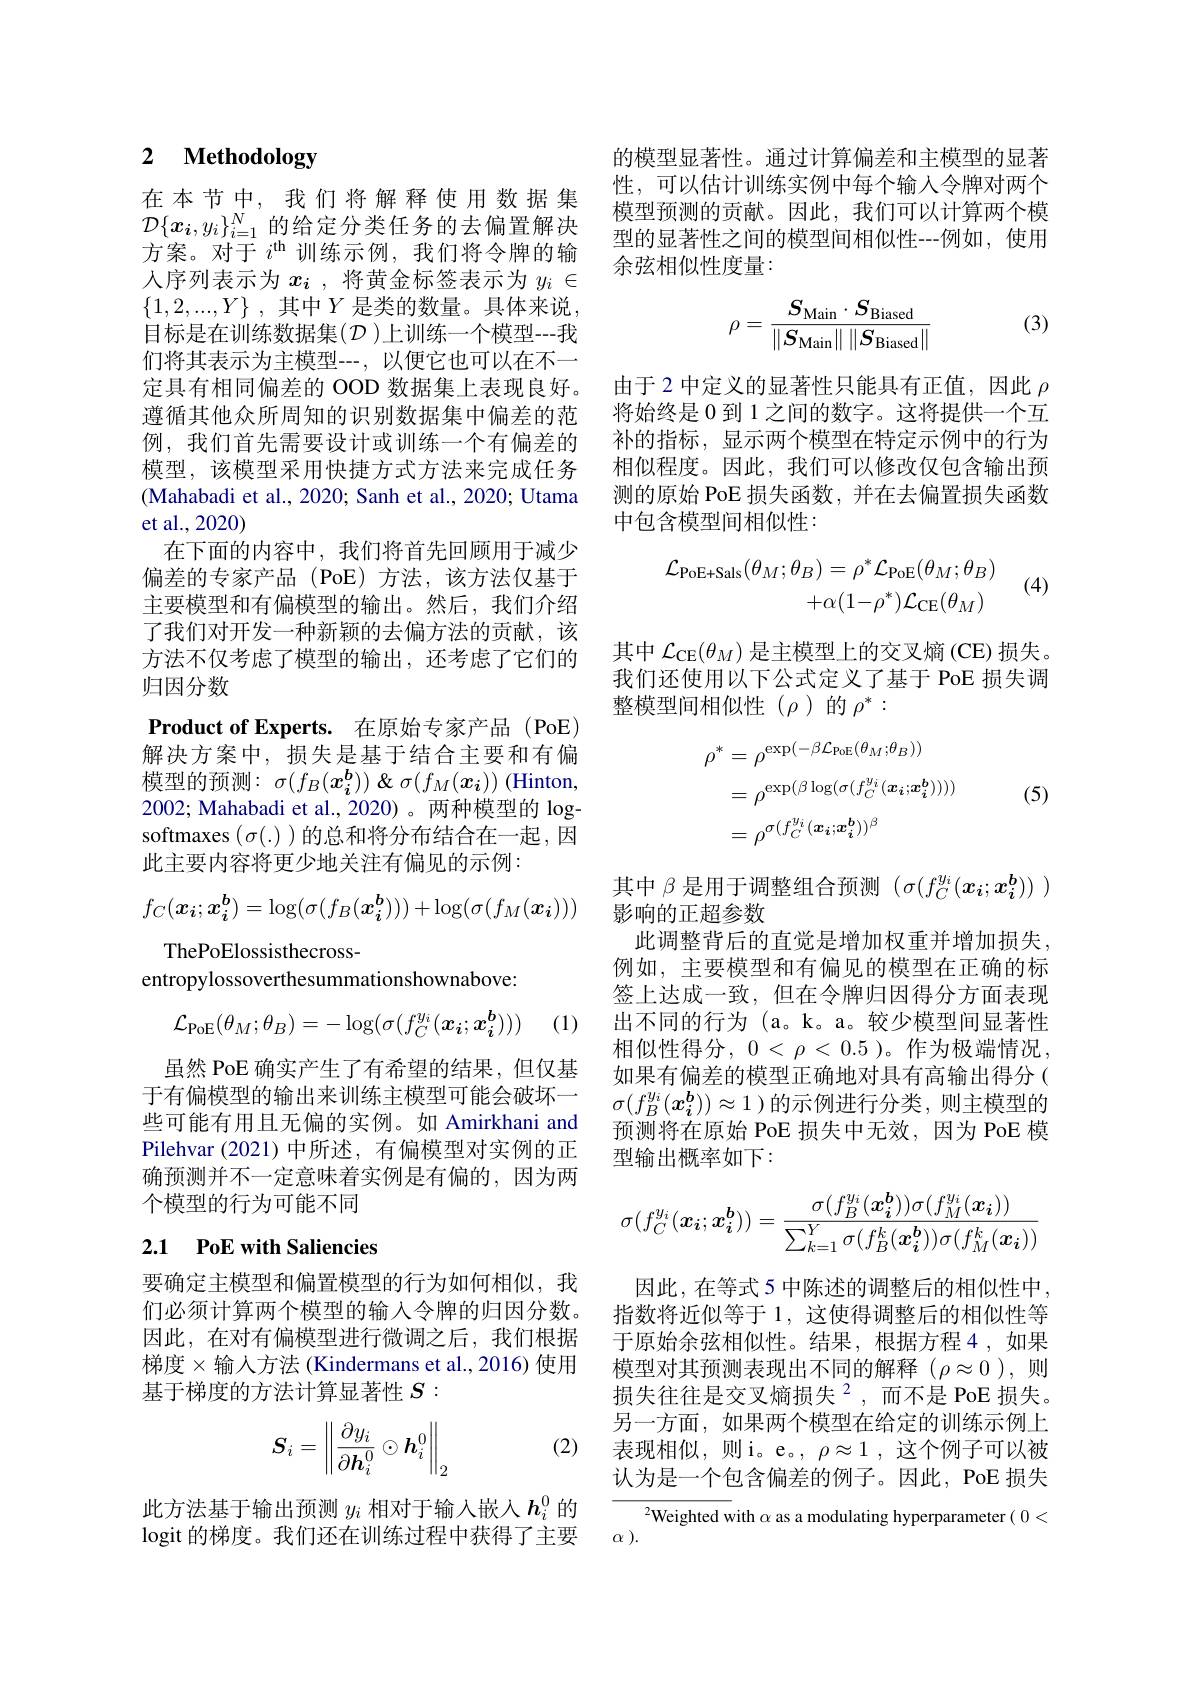
# 2 Methodology

在本节中，我们将解释使用数据集$\mathcal{D}\{x_i,y_i\}_{i=1}^N$的给定分类任务的去偏置解决方案。对于$i^\mathrm{th}$训练示例，我们将令牌的输人序列表示为$x_i$ ,将黄金标签表示为$y_i\in$ $\{ 1, 2, . . . , Y\}$ , 其中$Y$ 是类的数量。具体来说， 目标是在训练数据集$(\mathcal{D})$上训练一个模型---我们将其表示为主模型---,以便它也可以在不一定具有相同偏差的 OOD 数据集上表现良好。遵循其他众所周知的识别数据集中偏差的范例，我们首先需要设计或训练一个有偏差的模型，该模型采用快捷方式方法来完成任务(Mahabadi et al., 2020; Sanh et al., 2020; Utama et al.,2020)
在下面的内容中，我们将首先回顾用于减少偏差的专家产品(PoE)方法，该方法仅基于主要模型和有偏模型的输出。然后，我们介绍了我们对开发一种新颖的去偏方法的贡献，该方法不仅考虑了模型的输出，还考虑了它们的归因分数
Product of Experts. 在原始专家产品 (PoE) 解决方案中，损失是基于结合主要和有偏$模型的预测：$\sigma(f_B(\boldsymbol{x_i^b}))$ &&&&&&&&&&&&&&&\\&&&&&&&&&&&\end{array}$ 2002; Mahabadi et al., 2020)。两种模型的 logsoftmaxes $(\sigma(.))$的总和将分布结合在一起，因此主要内容将更少地关注有偏见的示例：
$$f_C(\boldsymbol{x_i};\boldsymbol{x_i^b})=\log(\sigma(f_B(\boldsymbol{x_i^b})))+\log(\sigma(f_M(\boldsymbol{x_i})))$$
ThePoElossisthecross-
entropylossoverthesummationshownabove:
$$\mathcal{L}_{\mathrm{PoE}}(\theta_M;\theta_B)=-\log(\sigma(f_C^{y_i}(\boldsymbol{x_i};\boldsymbol{x_i^b})))$$
(1)

虽然 PoE 确实产生了有希望的结果，但仅基于有偏模型的输出来训练主模型可能会破坏一些可能有用且无偏的实例。如 Amirkhani and Pilehvar (2021)中所述，有偏模型对实例的正确预测并不一定意味着实例是有偏的，因为两个模型的行为可能不同

# 2.1 PoE with Saliencies

要确定主模型和偏置模型的行为如何相似，我们必须计算两个模型的输入令牌的归因分数。因此，在对有偏模型进行微调之后，我们根据梯度$\times$输入方法(Kindermans et al.,2016)使用基于梯度的方法计算显著性$S:$

(2)
$$\boldsymbol{S}_i=\left\|\frac{\partial y_i}{\partial\boldsymbol{h}_i^0}\odot\boldsymbol{h}_i^0\right\|_2$$
此方法基于输出预测$y_i$相对于输入嵌人$h_i^0$的logit 的梯度。我们还在训练过程中获得了主要

的模型显著性。通过计算偏差和主模型的显著性，可以估计训练实例中每个输入令牌对两个模型预测的贡献。因此，我们可以计算两个模型的显著性之间的模型间相似性--例如，使用余弦相似性度量：
$$\rho=\frac{S_{\mathrm{Main}}\cdot S_{\mathrm{Biased}}}{\left\|S_{\mathrm{Main}}\right\|\left\|S_{\mathrm{Biased}}\right\|}$$
(3)

由于 2 中定义的显著性只能具有正值，因此$\rho$ 将始终是 0 到 1 之间的数字。这将提供一个互补的指标，显示两个模型在特定示例中的行为相似程度。因此，我们可以修改仅包含输出预测的原始 PoE 损失函数，并在去偏置损失函数中包含模型间相似性：
$$\begin{aligned}\mathcal{L}_{\mathrm{PoE+Sals}}(\theta_{M};\theta_{B})&=\rho^{*}\mathcal{L}_{\mathrm{PoE}}(\theta_{M};\theta_{B})\\&+\alpha(1-\rho^{*})\mathcal{L}_{\mathrm{CE}}(\theta_{M})\end{aligned}$$
(4)

其中$\mathcal{L}_\mathrm{CE}(\theta_M)$是主模型上的交叉熵 (CE) 损失。我们还使用以下公式定义了基于 PoE 损失调整模型间相似性($\rho)的 \rho^*:$
$$\begin{aligned}\rho^{*}&=\rho^{\exp(-\beta\mathcal{L}_{\mathrm{PoE}}(\theta_{M};\theta_{B}))}\\&=\rho^{\exp(\beta\log(\sigma(f_{C}^{y_{i}}(\boldsymbol{x_{i}};\boldsymbol{x_{i}^{b}}))))}\\&=\rho^{\sigma(f_{C}^{y_{i}}(\boldsymbol{x_{i}};\boldsymbol{x_{i}^{b}}))^{\beta}}\end{aligned}$$
(5)

其中$\beta$是用于调整组合预测$(\sigma(f_C^{y_i}(x_i;x_i^b))$ )

影响的正超参数
此调整背后的直觉是增加权重并增加损失， 例如，主要模型和有偏见的模型在正确的标签上达成一致，但在令牌归因得分方面表现出不同的行为 (a。k。a。较少模型间显著性相似性得分，$0<\rho<0.5$)。作为极端情况， 如果有偏差的模型正确地对具有高输出得分( $\sigma(f_B^{y_i}(\boldsymbol{x_i^b}))\approx1$)的示例进行分类，则主模型的预测将在原始 PoE 损失中无效，因为 PoE 模型输出概率如下：
$$\sigma(f_C^{y_i}(\boldsymbol{x_i};\boldsymbol{x_i^b}))=\frac{\sigma(f_B^{y_i}(\boldsymbol{x_i^b}))\sigma(f_M^{y_i}(\boldsymbol{x_i}))}{\sum_{k=1}^Y\sigma(f_B^k(\boldsymbol{x_i^b}))\sigma(f_M^k(\boldsymbol{x_i}))}$$
因此，在等式 5 中陈述的调整后的相似性中， 指数将近似等于 1, 这使得调整后的相似性等于原始余弦相似性。结果，根据方程 4 ,如果模型对其预测表现出不同的解释($\rho\approx0$),则损失往往是交叉熵损失$^{2}$,而不是 PoE 损失。另一方面，如果两个模型在给定的训练示例上表现相似，则i。e。, $\rho\approx1$,这个例子可以被认为是一个包含偏差的例子。因此，PoE 损失

$^2$Weighted with $\alpha$ as a modulating hyperparameter( 0<
$\alpha$ ).